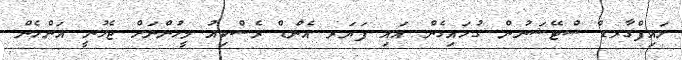
ލައިފްގާރޑް ސްޓޭޝަނުން ގުޅައިގެން އައި ފަޔަރ އެންޑް ރެސްކިއު މީހުންނަށް ޖެހުނީ އަންހެން